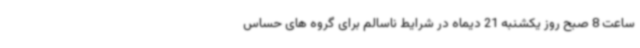
ساعت 8 صبح روز یکشنبه 21 دیماه در شرایط ناسالم برای گروه های حساس